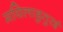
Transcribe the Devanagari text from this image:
मयिलाडुतुरई